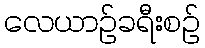
လေယာဉ်ခရီးစဉ်